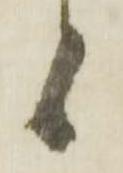
候